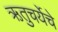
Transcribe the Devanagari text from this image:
ऋतुचर्येचे